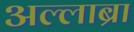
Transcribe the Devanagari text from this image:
अल्लाब्रा